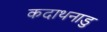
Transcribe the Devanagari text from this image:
कदाथनाडु